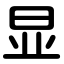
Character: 显